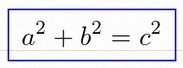
a^2+b^2=c^2